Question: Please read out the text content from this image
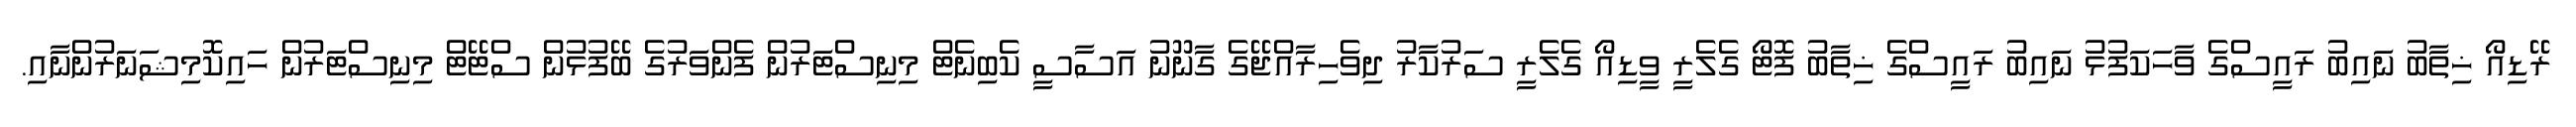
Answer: ރޭޑިއޯ ޚިތާބު ނައިބު ރައީސްގެ ވާހަކަފުޅު ނައިބު ރައީސްގެ ޚިތާބު ފޮޓޯ ގެލެރީ ވީޑިއޯ ގެލެރީ ސަރުކާރު ދިވެހިރާއްޖޭގެ ގާނޫނު އަސާސީ ކެބިނެޓް މިނިސްޓަރުން ފެންވަރުގެ ބޭފުޅުން ސްޓޭޓް މިނިސްޓަރުން ހައިކޮމިޝަނަރުންނާއި.